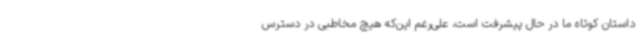
داستان کوتاه ما در حال پیشرفت است، علی‌رغم این‌که هیچ مخاطبی در دسترس